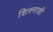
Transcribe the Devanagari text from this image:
शिस्नाशी